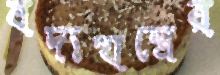
বদ্যযন্ত্রের